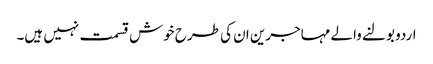
اردو بولنے والے مہاجرین ان کی طرح خوش قسمت نہیں ہیں۔